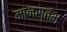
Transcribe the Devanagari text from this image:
मानस्तंभ